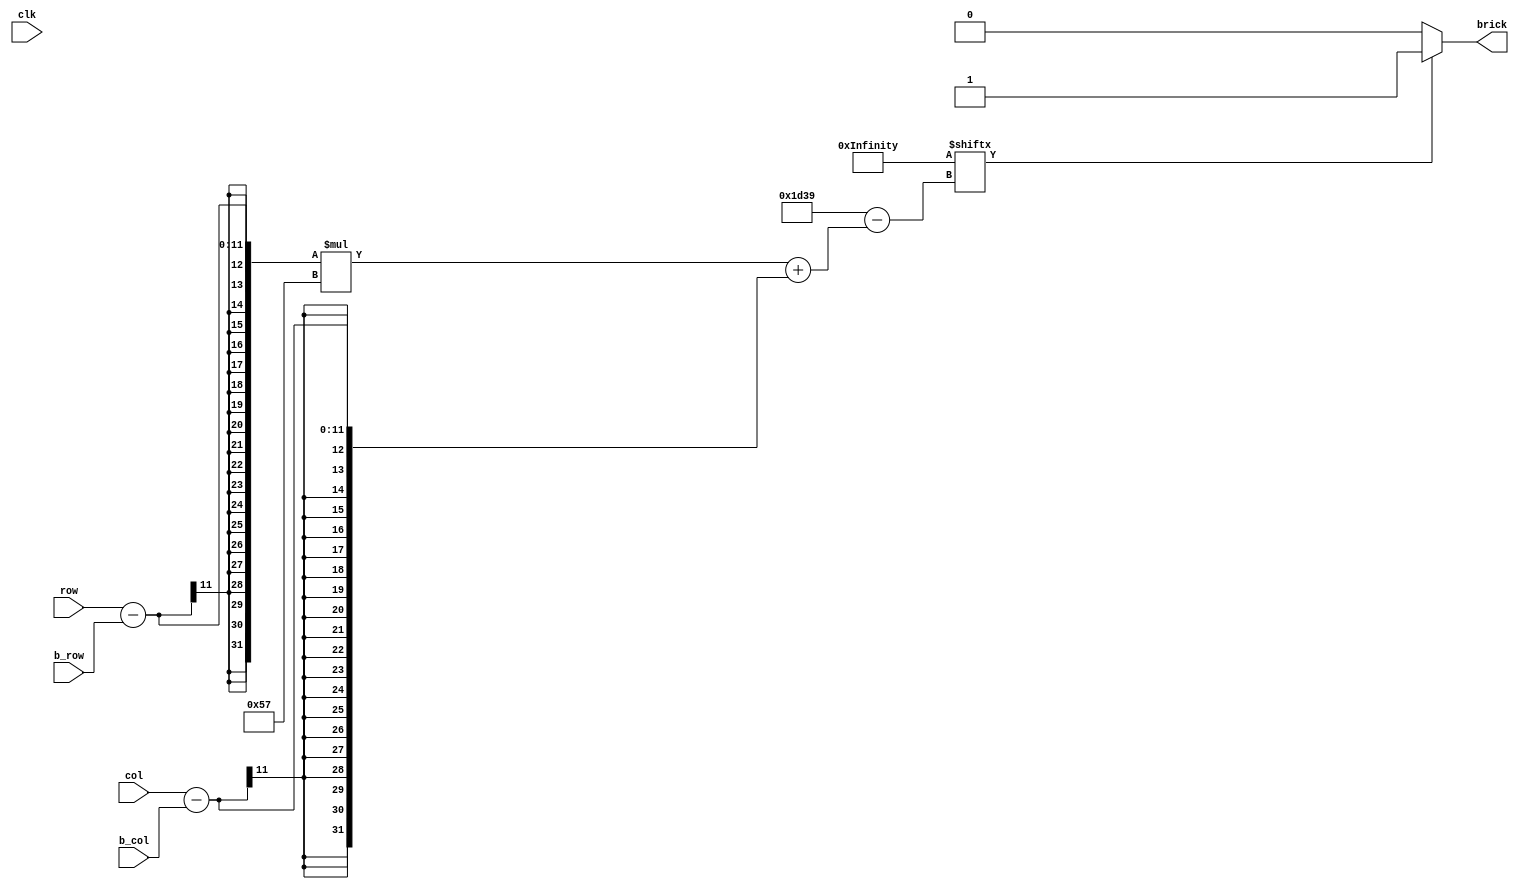
module BRICK(
	clk,
	col,
	row,
	b_col,
	b_row,
	brick
);
input clk;
input [10:0] col,row,b_col,b_row;
output brick;

wire [0:86*87-1] m_brick={
	87'b000000000000000000000000000000000000000000000000000000000000000000000000000000000000000,
	87'b000000000000000000000000000000000000000000000000000000000000000000000000000000000000000,
	87'b000000000000000000000000000000000000000000000000000000000000000000000000000000000000000,
	87'b000000000000000000000000000000000000000000000000000000000000000000000000000000000000000,
	87'b000000000000000000000000000000000000000000000000000000000000000000000000000000000000000,
	87'b000000000000000000000000000000000000000000000000000000000000000000000000000000000000000,
	87'b000000000000000000000000110000000000000000000000000000000000001000000000000000000000000,
	87'b000000000000000000000000111000000000000000000000000000000000011000000000000000000000000,
	87'b000000000000000000000000111100000000000000000000000000000000011000000000000000000000000,
	87'b000000000000000000000000111110000000000000000000000000000000111000000000000000000000000,
	87'b000000000000000000000000111111000000000000000000000000000001111000000000000000000000000,
	87'b000000000000000000000000111111110000000000000000000000000011111000000000000000000000000,
	87'b000000000000000000000000111111111000000000000000000000000111111000000000000000000000000,
	87'b000000000000000000000000111111111100000000000000000000011111111000000000000000000000000,
	87'b000000000000000000000000111111111110000000000000000000011111111100000000000000000000000,
	87'b000000000000000000000000111111111111100000000000000000111111111100000000000000000000000,
	87'b000000000000000000000001111111111111100000000000000001111111111100000000000000000000000,
	87'b000000000000000000000001111111111100000000000000000011111111111100000000000000000000000,
	87'b000000000000000000000001111111110000000000000000001111111111111100000000000000000000000,
	87'b000000000000000000000001111111100000001111111111001111111111111100000000000000000000000,
	87'b000000000000000000000001111110000011111111111111001111111111111100000000000000000000000,
	87'b000000000000000000000001111000011111111111111111101111111111111100000000000000000000000,
	87'b000000000000000000000001110000111111111111111111111111111111111100000000000000000000000,
	87'b000000000000000000000001100011111111111111111111111111111111111100000000000000000000000,
	87'b000000000000000000000000000111111111111111111111111111111111111100000000000000000000000,
	87'b000000000000000000000000001111111111111111111111111011111111111100000000000000000000000,
	87'b000000000000000000000000011111111111111111111111111110111111111000000000000000000000000,
	87'b000000000000000000000000111111111111111111111111111111101110000000000000000000000000000,
	87'b000000000000000000000001111111111111111111111111111111110000000000000000000000000000000,
	87'b000000000000000000000001111111111111111111111111111111111110001100000000000000000000000,
	87'b000000000000000000000011111111111111111111111111111111111111111110000000000000000000000,
	87'b000000000000000000000011111111111111111111111111111111111111111100000000000000000000000,
	87'b000000000000000000000111111111111111111111111111111111111111111001111000000000000000000,
	87'b000000000000000111000111111111111111111111111111111111111111111011111111100000000000000,
	87'b000000000011111111001111111111111111111111111111111111111111110111111111111110000000000,
	87'b000000001111111110001111111111111111111111111111111111111111111111111111111111111000000,
	87'b000000000111111110011111111111111111111111111111111111111111111111111111111111111110000,
	87'b000000000011111110011111111111111100111111001111111111111111111111111111111111111100000,
	87'b000000000001111110011111111111111100111111001111111111111111111111111111111111111000000,
	87'b000000000000111100011111111111111111111111101111111111111111011111111111111111100000000,
	87'b000000000000011100111111111111111111111111111111111111111111011111111111111111000000000,
	87'b000000000000001100111111111111111111111111111111111111111111011111111111111110000000000,
	87'b000000000000001000111111111111111111111111111111111111111111101111111111111100000000000,
	87'b000000000000000000111111111111111111111111111111111111111111101111111111111000000000000,
	87'b000000000000000000111111111111111111111111111111111111111111110111111111110000000000000,
	87'b000000000000000000111111111111111111111111111111111111111111110011111111100000000000000,
	87'b000000000000000000111111111111111111111111111111111111111111111000111111000000000000000,
	87'b000000000000000000111111111111111111111111111111111111111111111100000000000000000000000,
	87'b000000000000000000111111111111111111111111111111111111111111111110000000000000000000000,
	87'b000000000000000000111111111111111111111111111111111111111111111111110000000000000000000,
	87'b000000000000000000011111111111111111111111111111111111111111111111111000000000000000000,
	87'b000000000000000000011111111111111111111111111111111111111111111111111000000000000000000,
	87'b000000000000000000011111111111111111111111111111111111111111111111110000000000000000000,
	87'b000000000000000000001111111111111111111111111111111111111111111111110000000000000000000,
	87'b000000000000000000001111111111111111111111111111111111111111111111100000000000000000000,
	87'b000000000000000000000111111111111111111111111111111111111111111111100000000000000000000,
	87'b000000000000000000000111111111111111111111111111111111111111111111100000000000000000000,
	87'b000000000000000000000011111111111111111111111111111111111111111111111000000000000000000,
	87'b000000000000000000000011111111111111111111111111111111111111111111111110000000000000000,
	87'b000000000000000000000001111111111111111111111111111111111111111111111110000000000000000,
	87'b000000000000000000000000111111111111111111111111111111111111111111111111000000000000000,
	87'b000000000000000000000000011111111111111111111111111111111111111111111111100000000000000,
	87'b000000000000000000000000111111111111111111111111111111111111111111111111110000000000000,
	87'b000000000000000000000000111111111111111111111111111111111111111111111111110000000000000,
	87'b000000000000000000000001111111111111111111111111111111111111111111111111110000000000000,
	87'b000000000000000000000001111111111111111111111111111111111111111111111111100000000000000,
	87'b000000000000000000000001111111111111111111111111111111111111111111111111111000000000000,
	87'b000000000000000000000001111111111111111111111111111111111111111111111111111000000000000,
	87'b000000000000000000000011111111111111111111111111111111111111111111111111111000000000000,
	87'b000000000000000000000011111111111111111111111111111111111111111111111111100000000000000,
	87'b000000000000000000000011111111111111111111111111111111111111111111111111100000000000000,
	87'b000000000000000000000011111111111111111111111111111111111111111111111111111000000000000,
	87'b000000000000000000000011111111111111111111111111111111111111111111111111100000000000000,
	87'b000000000000000000000011111111111111111111111111111111111111111111111111111000000000000,
	87'b000000000000000000000011111111111111111111111111111111111111111111111111111000000000000,
	87'b000000000000000000000001111111111111111111111111111111111111111111111111111000000000000,
	87'b000000000000000000000001111111111111111111111111111111111111111111111111110000000000000,
	87'b000000000000000000000001111111111111111111111111111111111111111111111111100000000000000,
	87'b000000000000000000000000111111111111111111111111111111111111111111111111000000000000000,
	87'b000000000000000000000000011111111111111111111111111111111111111111111111000000000000000,
	87'b000000000000000000000000011111111111111111111111111111111111111111111100000000000000000,
	87'b000000000000000000000000001111111111111111111111111111111111111111110000000000000000000,
	87'b000000000000000000000000000111111111111111111111111111111111111111100000000000000000000,
	87'b000000000000000000000000000000111111111111111111111111111111111110000000000000000000000,
	87'b000000000000000000000000000000001111111111111111111111111111111000000000000000000000000,
	87'b000000000000000000000000000000000000000111111111111111111100000000000000000000000000000
};
assign brick = (m_brick[(row-b_row)*87+(col-b_col)])? 1:0;
/*
//brick
always@(posedge clk) begin
	if((row-b_row)>=37 & (row-b_row)<=39 & (col-b_col)>=34 & (col-b_col)<=43 & !m_brick[(row-b_row)*87+(col-b_col)])brick<=3'b000;//eyes black
	else if(m_brick[(row-b_row)*87+(col-b_col)]) brick<=3'b010;//body green
	else brick<=3'b000;//black
end
*/
endmodule